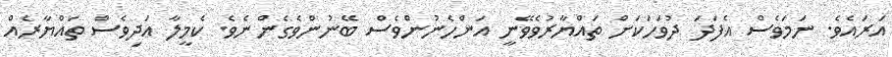
އަރައެވެ. ނަމަވެސް އެފަދަ ދުވަހަކަށް ތައްޔާރުވެވޭނީ އަންހެނުންވެސް ބޭނުންވެގެންނެވެ. ކެމީލާ އަދިވެސް ތައްޔާރެއް